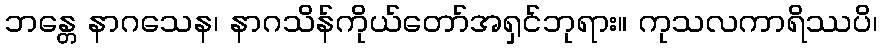
ဘန္တေ နာဂသေန၊ နာဂသိန်ကိုယ်တော်အရှင်ဘုရား။ ကုသလကာရိဿပိ၊